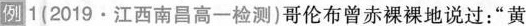
例1(2019·江西南昌高一检测)哥伦布曾赤裸裸地说过：”黄